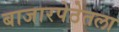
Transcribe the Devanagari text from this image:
बाजारपेठेतला